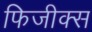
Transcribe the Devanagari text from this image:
फिजीक्स